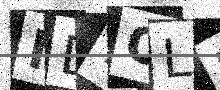
Text: ND7OLB